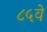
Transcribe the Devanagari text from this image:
८५वे